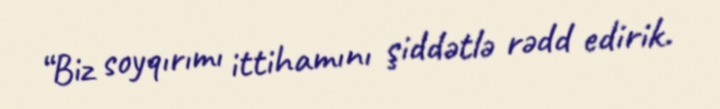
“Biz soyqırımı ittihamını şiddətlə rədd edirik.